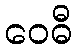
ဝေဓီ